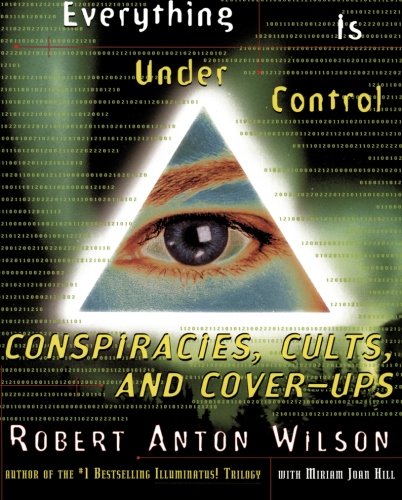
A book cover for Everything Is Under Control: Conspiracies, Cults, and Cover-ups; Robert Anton Wilson; Humor & Entertainment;